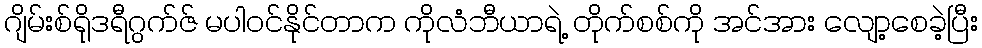
ဂျိမ်းစ်ရိုဒရီဂွက်ဇ် မပါဝင်နိုင်တာက ကိုလံဘီယာရဲ့ တိုက်စစ်ကို အင်အား လျော့စေခဲ့ပြီး